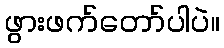
ဖွားဖက်တော်ပါပဲ။